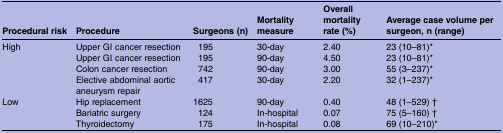
<table><thead><tr><td><b>Procedural risk</b></td><td><b>Procedure</b></td><td><b>Surgeons (n)</b></td><td><b>Mortality measure</b></td><td><b>Overall mortality rate (%)</b></td><td><b>Average case volume per surgeon, n (range)</b></td></tr></thead><tbody><tr><td rowspan="4">High</td><td>Upper GI cancer resection</td><td>195</td><td>30-day</td><td>2.40</td><td>23 (10–81)*</td></tr><tr><td>Upper GI cancer resection</td><td>195</td><td>90-day</td><td>4.50</td><td>23 (10–81)*</td></tr><tr><td>Colon cancer resection</td><td>742</td><td>90-day</td><td>3.00</td><td>55 (3–237)*</td></tr><tr><td>Elective abdominal aortic aneurysm repair</td><td>417</td><td>30-day</td><td>2.20</td><td>32 (1–237)*</td></tr><tr><td rowspan="3">Low</td><td>Hip replacement</td><td>1625</td><td>90-day</td><td>0.40</td><td>48 (1–529) †</td></tr><tr><td>Bariatric surgery</td><td>124</td><td>In-hospital</td><td>0.07</td><td>75 (5–160) †</td></tr><tr><td>Thyroidectomy</td><td>175</td><td>In-hospital</td><td>0.08</td><td>69 (10–210)*</td></tr></tbody></table>